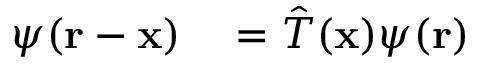
\begin{array} { r l } { \psi ( \mathbf { r } - \mathbf { x } ) } & { { } = { \hat { T } } ( \mathbf { x } ) \psi ( \mathbf { r } ) } \end{array}